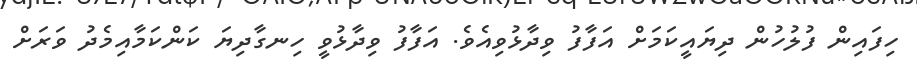
ހިފައިން ފުލުހުން ދިޔައީކަމަށް އަފާފު ވިދާޅުވިއެވެ. އަފާފު ވިދާޅުވީ ހިނގާދިޔަ ކަންކަމާއިމެދު ވަރަށް